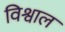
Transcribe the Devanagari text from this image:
विश्वाल